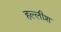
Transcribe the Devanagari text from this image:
हल्लीश